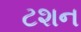
ટશન